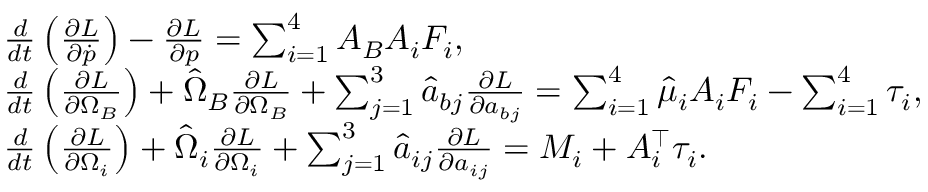
\begin{array} { r l } & { \frac { d } { d t } \left( \frac { \partial L } { \partial \dot { p } } \right) - \frac { \partial L } { \partial p } = \sum _ { i = 1 } ^ { 4 } A _ { B } A _ { i } F _ { i } , } \\ & { \frac { d } { d t } \left( \frac { \partial L } { \partial \Omega _ { B } } \right) + \hat { \Omega } _ { B } \frac { \partial L } { \partial \Omega _ { B } } + \sum _ { j = 1 } ^ { 3 } \hat { a } _ { b j } \frac { \partial L } { \partial a _ { b j } } = \sum _ { i = 1 } ^ { 4 } \hat { \mu } _ { i } A _ { i } F _ { i } - \sum _ { i = 1 } ^ { 4 } \tau _ { i } , } \\ & { \frac { d } { d t } \left( \frac { \partial L } { \partial \Omega _ { i } } \right) + \hat { \Omega } _ { i } \frac { \partial L } { \partial \Omega _ { i } } + \sum _ { j = 1 } ^ { 3 } \hat { a } _ { i j } \frac { \partial L } { \partial a _ { i j } } = M _ { i } + A _ { i } ^ { \top } \tau _ { i } . } \end{array}